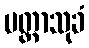
မတ္တာသုခံ